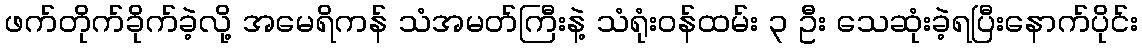
ဖက်တိုက်ခိုက်ခဲ့လို့ အမေရိကန် သံအမတ်ကြီးနဲ့ သံရုံးဝန်ထမ်း ၃ ဦး သေဆုံးခဲ့ရပြီးနောက်ပိုင်း